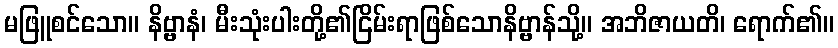
မဖြူစင်သော။ နိဗ္ဗာနံ၊ မီးသုံးပါးတို့၏ငြိမ်းရာဖြစ်သောနိဗ္ဗာန်သို့။ အဘိဇာယတိ၊ ရောက်၏။